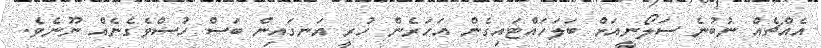
އެއްޗެއް ނުބުނެ ސަލޯނީއަށް ބަލަހައްޓައިގެން އަހަރެން ހުރީ އަނގައިން ބަސް ހުސްވެގެނެއް ނޫނެވެ.